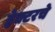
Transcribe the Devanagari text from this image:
हेक्टरचे